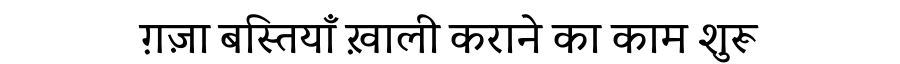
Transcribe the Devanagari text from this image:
ग़ज़ा बस्तियाँ ख़ाली कराने का काम शुरू